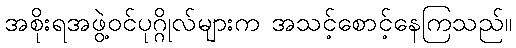
အစိုးရအဖွဲ့ဝင်ပုဂ္ဂိုလ်များက အသင့်စောင့်နေကြသည်။